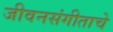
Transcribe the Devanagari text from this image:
जीवनसंगीताचे